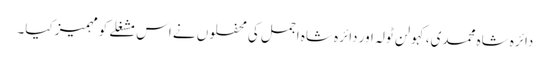
دائرہ شاہ محمدی،کہولن ٹولہ اور دائرہ شاہ اجمل کی محفلوں نے اس مشغلے کومہمیز کیا۔